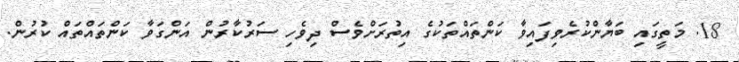
18. މަތީގައި ބަޔާންކުރެވިފައިވާ ކަންތައްތަކުގެ އިތުރަށްވެސް ދިވެހި ސަރުކާރުން އަންގަވާ ކަންތައްތައް ކުރުން.